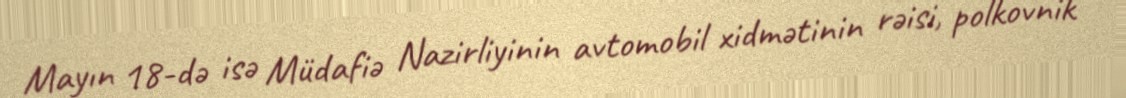
Mayın 18-də isə Müdafiə Nazirliyinin avtomobil xidmətinin rəisi, polkovnik